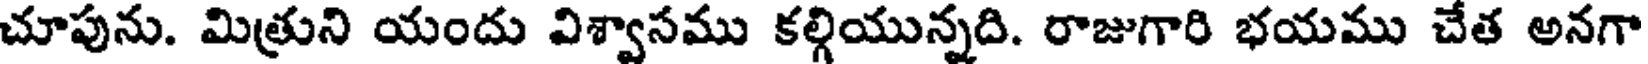
చూపును. మిత్రుని యందు విశ్వాసము కల్గియున్నది. రాజుగారి భయము చేత అనగా